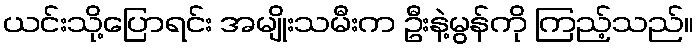
ယင်းသို့ပြောရင်း အမျိုးသမီးက ဦးနဲ့မွန်ကို ကြည့်သည်။